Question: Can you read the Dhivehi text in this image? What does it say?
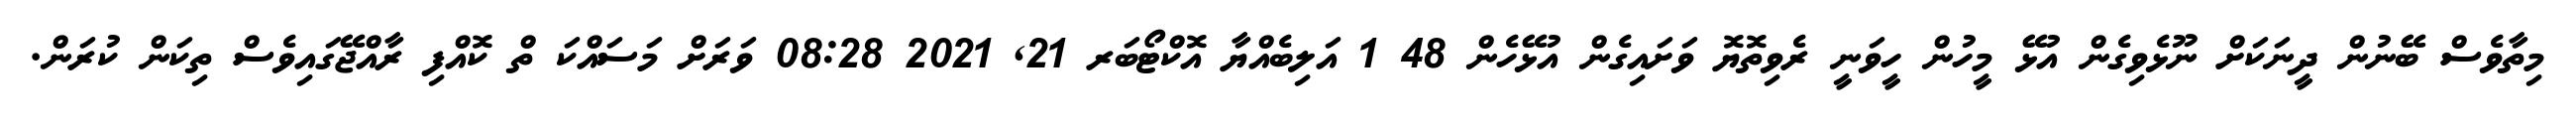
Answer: މިތާވެސް ބޭނުން ދީނަކަށް ނޫޅެވިގެން އުޅޭ މީހުން ހީވަނީ ރެވިތޮޔޮ ވަށައިގެން އުޅޭހެން 48 1 އަލިބެއްޔާ އޮކްޓޯބަރ 21, 2021 08:28 ވަރަށް މަސައްކަ ތް ކޮއްފި ރާއްޖޭގައިވެސް ތިކަން ކުރަން.